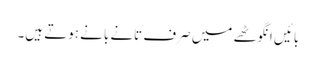
بائیں انگوٹھے میں صرف تانے بانے ہوتے ہیں۔